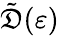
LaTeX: \tilde{\mathfrak{D}}(\varepsilon)